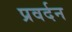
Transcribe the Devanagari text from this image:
प्रवर्दन